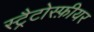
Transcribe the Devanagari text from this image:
स्ट्रैटोस्फ़ीयर